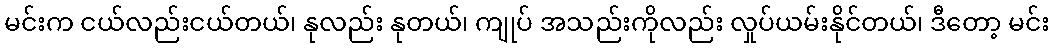
မင်းက ငယ်လည်းငယ်တယ်၊ နုလည်း နုတယ်၊ ကျုပ် အသည်းကိုလည်း လှုပ်ယမ်းနိုင်တယ်၊ ဒီတော့ မင်း